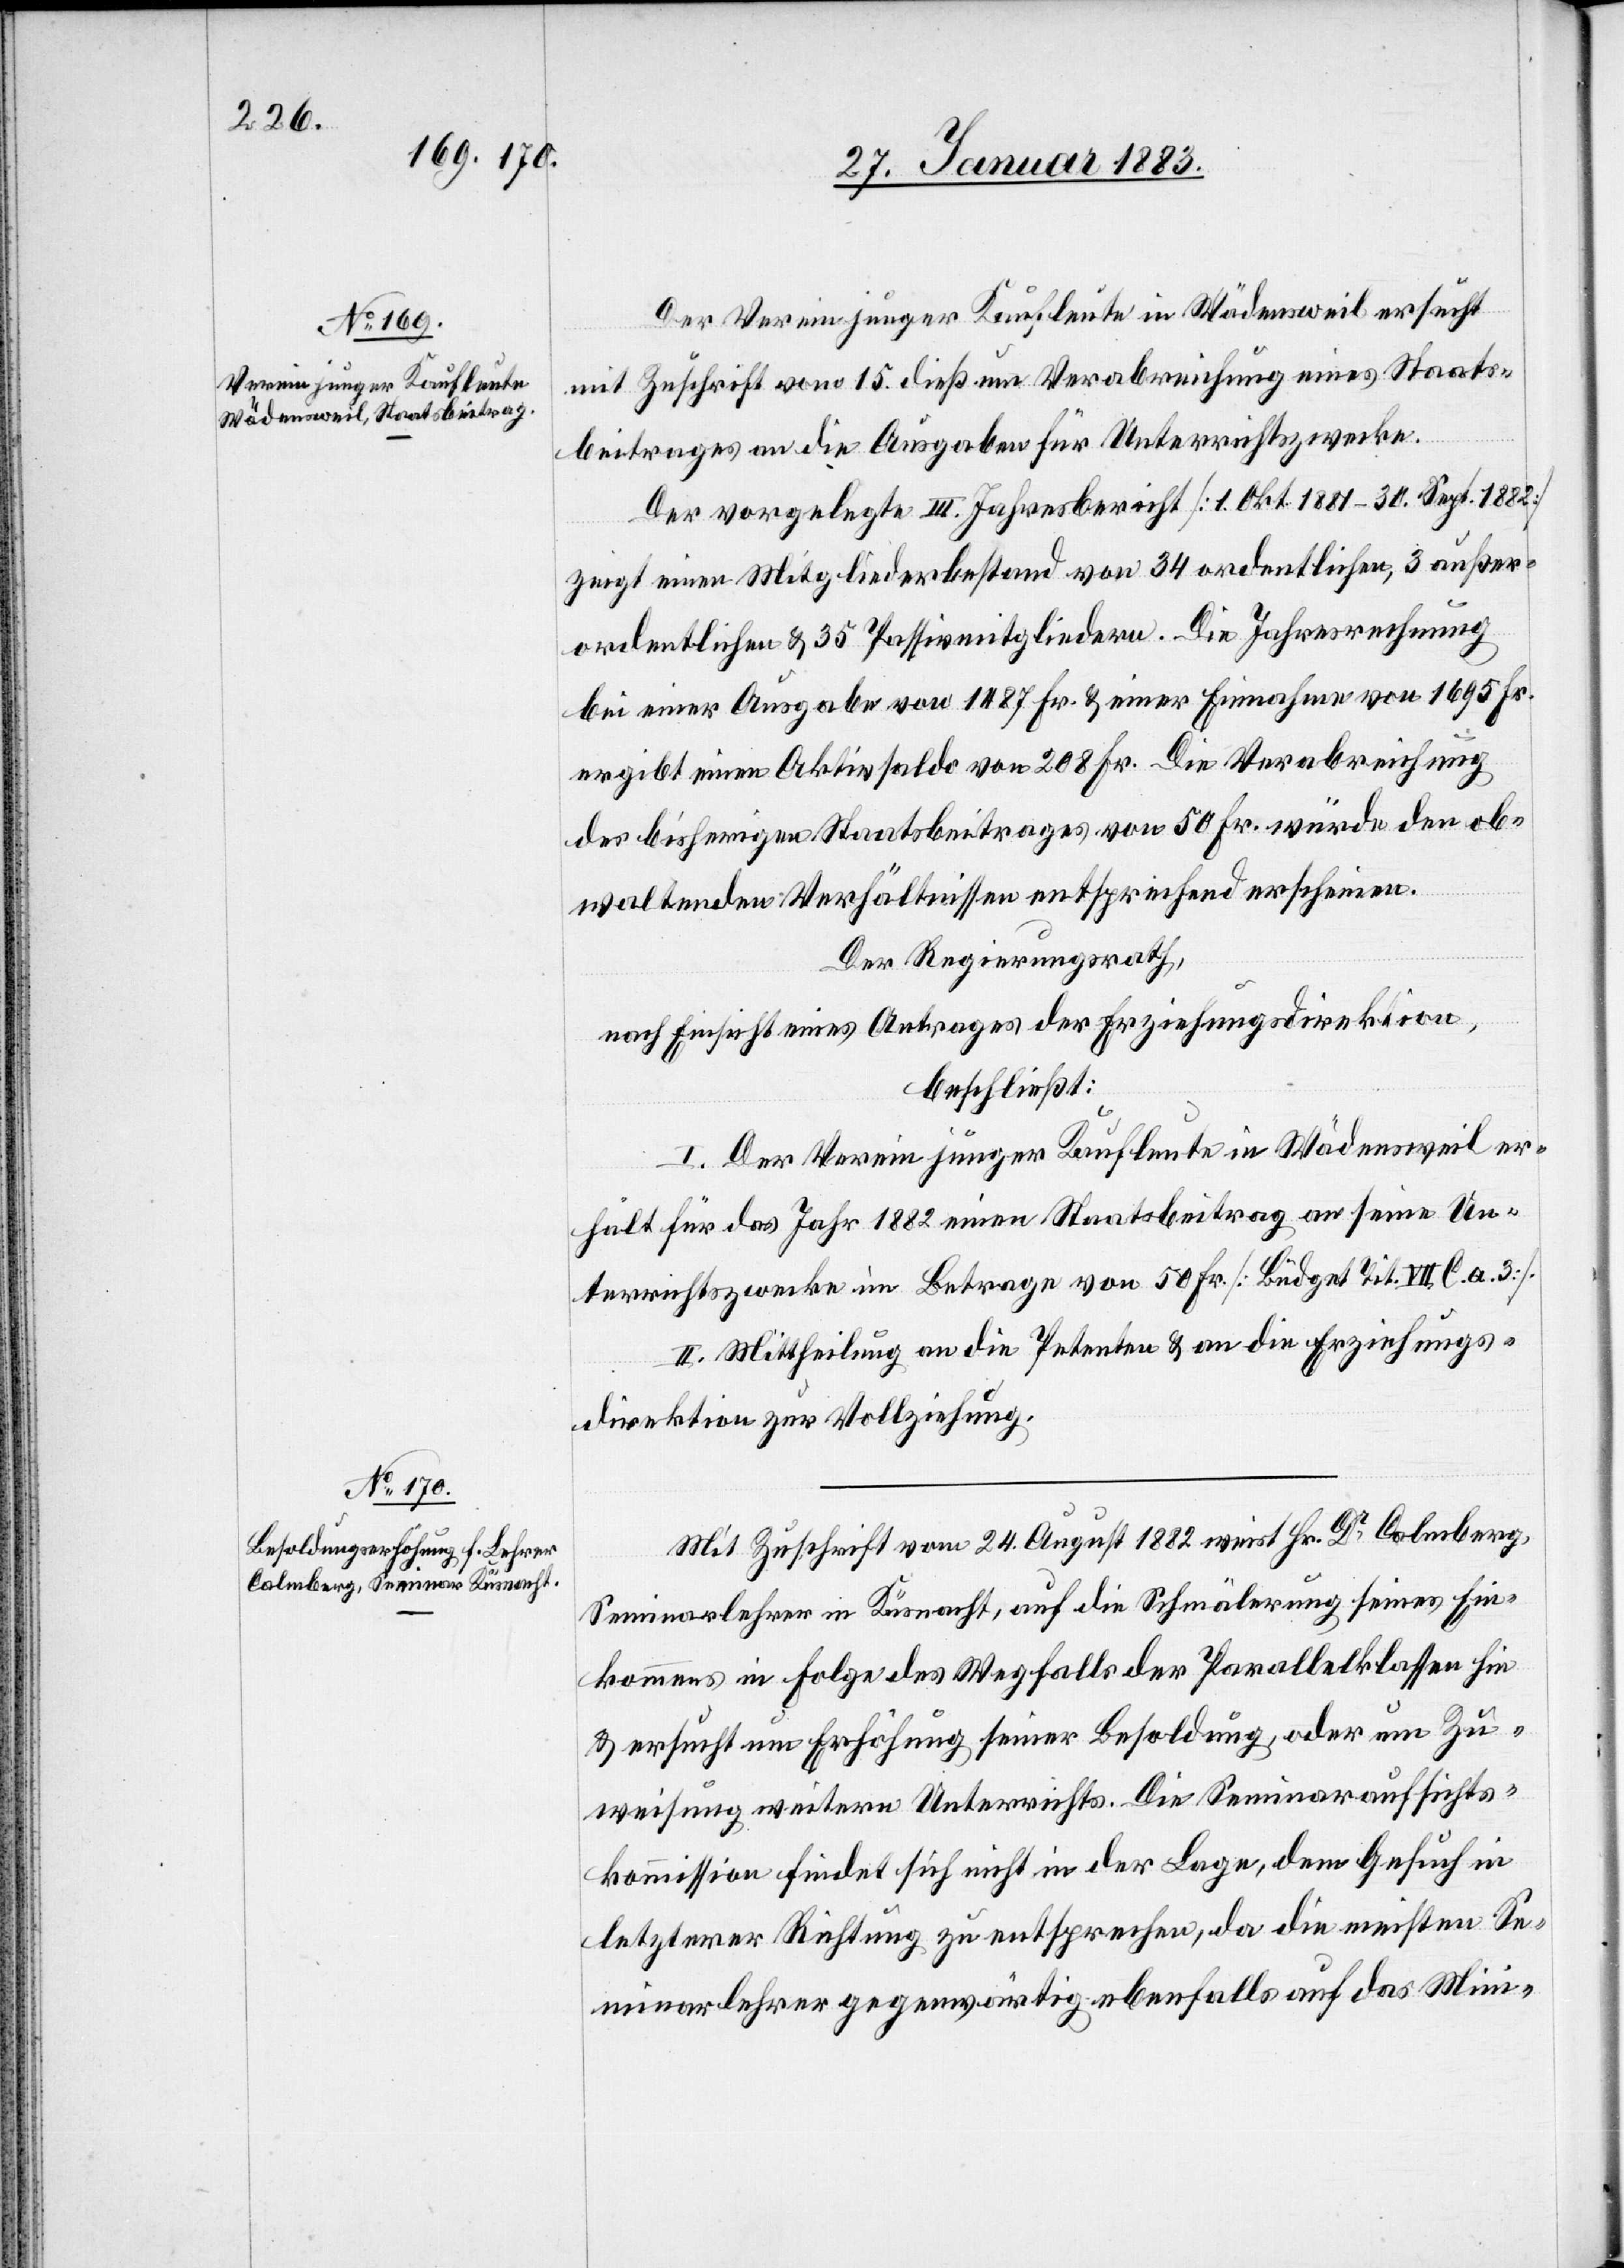
Der Verein junger Kaufleute in Wädensweil ersucht
mit Zuschrift vom 15. dieß um Verabreichung eines Staats¬
beitrages an die Ausgaben für Unterrichtszwecke.
Der vorgelegte III. Jahresbericht [1. Okt. 1881–30. Sept. 1882]
zeigt einen Mitgliederbestand von 34 ordentlichen, 3 außer¬
ordentlichen & 35 Passivmitgliedern. Die Jahresrechnung
bei einer Ausgabe von 1487 Fr. & einer Einnahme von 1695 Fr.
ergibt einen Aktivsaldo von 208 Fr. Die Verabreichung
des bisherigen Staatsbeitrages von 50 Fr. würde den ob¬
waltenden Verhältnissen entsprechend erscheinen.
Der Regierungsrath,
nach Einsicht eines Antrages der Erziehungsdirektion,
beschließt:
I. Der Verein junger Kaufleute in Wädensweil er¬
hält für das Jahr 1882 einen Staatsbeitrag an seine Un¬
terrichtszwecke im Betrage von 50 Fr. [Büdget Tit. VII. C. a. 3.].
II. Mittheilung an die Petenten & an die Erziehungs¬
direktion zur Vollziehung.
Mit Zuschrift vom 24. August 1882 weist Hr. Dr Calmberg,
Seminarlehrer in Küsnacht, auf die Schmälerung seines Ein¬
kommens in Folge des Wegfalls der Parallelklassen hin
& ersucht um Erhöhung seiner Besoldung, oder um Zu¬
weisung weitern Unterrichts. Die Seminaraufsichts¬
kommission findet sich nicht in der Lage, dem Gesuch in
letzterer Richtung zu entsprechen, da die meisten Se¬
minarlehrer gegenwärtig ebenfalls auf das Mini-